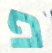
פ